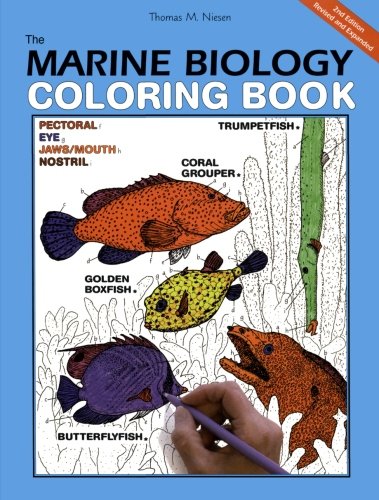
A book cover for The Marine Biology Coloring Book, Second Edition; Thomas M. Niesen; Science & Math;